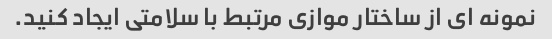
نمونه ای از ساختار موازی مرتبط با سلامتی ایجاد کنید.